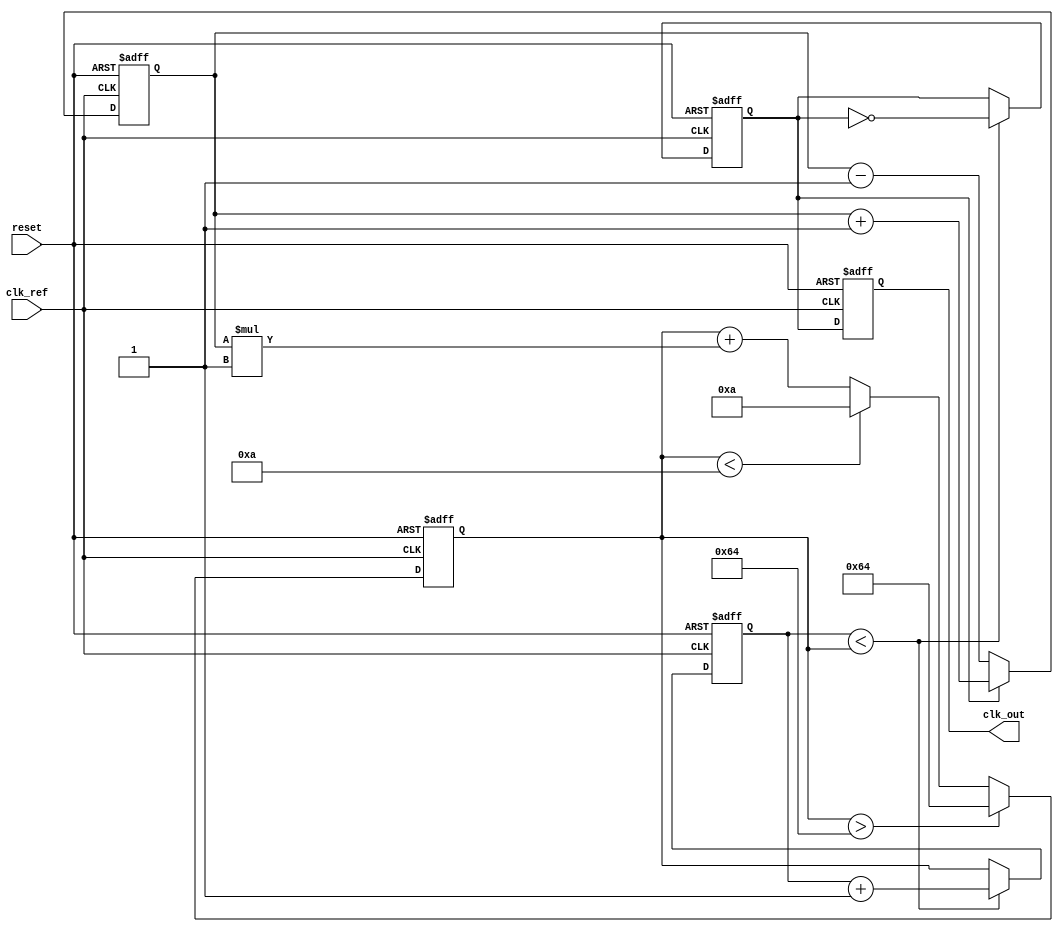
module PLL (
    input wire clk_ref,          // Reference clock input
    input wire reset,           // Reset signal
    output reg clk_out          // Output clock
);

// Parameters
parameter VCO_MAX_FREQ = 100; // Maximum frequency for VCO
parameter VCO_MIN_FREQ = 10;   // Minimum frequency for VCO
parameter LOOP_FILTER_GAIN = 1; // Gain for the loop filter

// Internal signals
reg [7:0] phase_error;         // Phase error signal
reg [7:0] control_voltage;      // Control voltage for VCO
reg vco_output;                // VCO output signal
reg [7:0] vco_frequency;       // Current frequency of VCO

// Phase Detector
always @(posedge clk_ref or posedge reset) begin
    if (reset) begin
        phase_error <= 8'b0;
    end else begin
        // Simple phase detection logic (for illustration)
        if (vco_output) begin
            phase_error <= phase_error + 1; // Increment error if VCO output is high
        end else begin
            phase_error <= phase_error - 1; // Decrement error if VCO output is low
        end
    end
end

// Loop Filter
always @(posedge clk_ref or posedge reset) begin
    if (reset) begin
        control_voltage <= 8'b0;
    end else begin
        // Simple first-order loop filter
        control_voltage <= control_voltage + (phase_error * LOOP_FILTER_GAIN);
        // Clamp control voltage to VCO frequency limits
        if (control_voltage > VCO_MAX_FREQ) begin
            control_voltage <= VCO_MAX_FREQ;
        end else if (control_voltage < VCO_MIN_FREQ) begin
            control_voltage <= VCO_MIN_FREQ;
        end
    end
end

// Voltage-Controlled Oscillator (VCO)
always @(posedge clk_ref or posedge reset) begin
    if (reset) begin
        vco_output <= 1'b0;
        vco_frequency <= 8'b0;
    end else begin
        // Simple VCO behavior based on control voltage
        // Toggle output based on control voltage (for illustration)
        if (vco_frequency < control_voltage) begin
            vco_output <= ~vco_output; // Toggle output
            vco_frequency <= vco_frequency + 1; // Increment frequency
        end else begin
            vco_frequency <= control_voltage; // Lock to control voltage
        end
    end
end

// Output clock generation (dividing VCO output for clk_out)
always @(posedge clk_ref or posedge reset) begin
    if (reset) begin
        clk_out <= 1'b0;
    end else begin
        clk_out <= vco_output; // Output the VCO signal
    end
end

endmodule